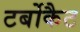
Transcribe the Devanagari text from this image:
टर्बोकैट